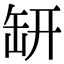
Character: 𦈨